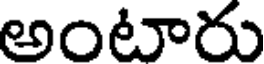
అంటారు